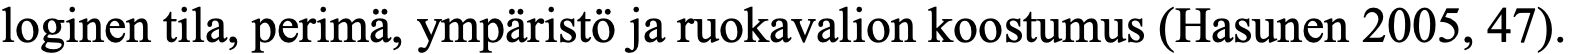
loginen tila, perimä, ympäristö ja ruokavalion koostumus (Hasunen 2005, 47).